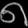
Digit: ၈